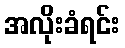
အလိုးခံရင်း